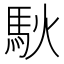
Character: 𫘉